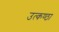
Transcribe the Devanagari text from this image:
उत्‍कण्‍ठा